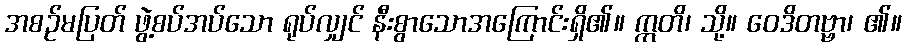
အစဉ်မပြတ် ဖွဲ့စပ်အပ်သော ရုပ်လျှင် နီးစွာသောအကြောင်းရှိ၏။ ဣတိ၊ သို့။ ဝေဒိတဗ္ဗာ၊ ၏။